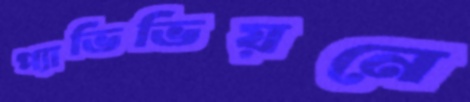
প্যাভিভিয়নে